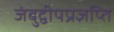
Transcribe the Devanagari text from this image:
जंबुद्वीपप्रज्ञप्ति